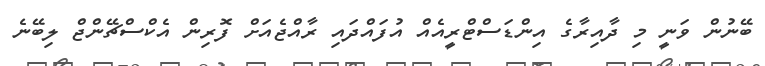
ބޭނުން ވަނީ މި ދާއިރާގެ އިންޑަސްޓްރީއެއް އުފައްދައި ރާއްޖެއަށް ފޮރިން އެކްސްޗޭންޖް ލިބޭނެ